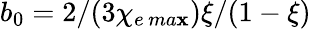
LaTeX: b_{0}=2/(3\chi_{e\, ma\mathbf{x}})\xi/(1-\xi)